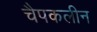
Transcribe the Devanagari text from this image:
चैपकलीन